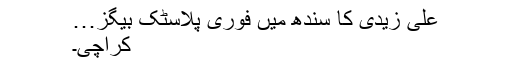
علی زیدی کا سندھ میں فوری پلاسٹک بیگز…
کراچی۔